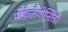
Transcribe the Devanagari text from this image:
प्रोफ़ैलैगोप्सिडी